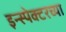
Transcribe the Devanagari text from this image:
इन्स्पेक्टरच्या